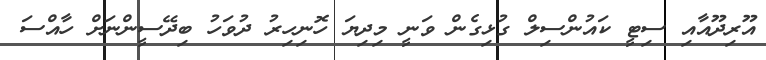
އޫރިދޫއާއި ސިޓީ ކައުންސިލް ގުޅިގެން ވަނީ މިދިޔަ ހޮނިހިރު ދުވަހު ބިދޭސީންނަށް ހާއްސަ